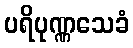
ပရိပုဏ္ဏသေခံ